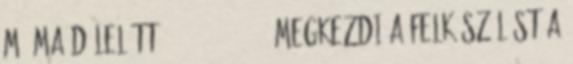
M1 Ma délelőtt 2016-08-01 08:45 Megkezdi a felkészülést a